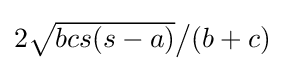
{\textstyle 2{\sqrt {bcs(s-a)}}{\big /}(b+c)}